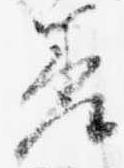
差